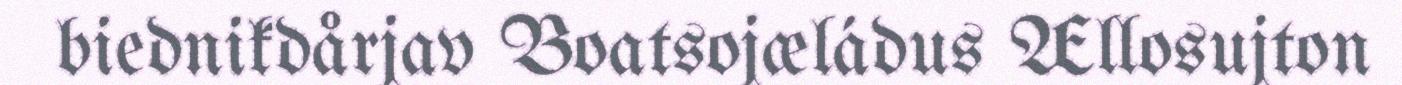
biednikdårjav Boatsojæládus Ællosujton